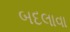
બદલાવા